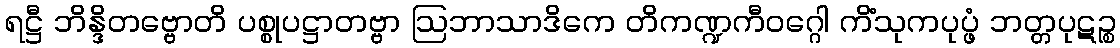
ရဋ္ဌီ ဘိန္ဒိတဗ္ဗောတိ ပစ္စုပဋ္ဌာတဗ္ဗာ ဩဘာသာဒိကေ တိကဏ္ဍကီဝဂ္ဂေါ ကိံသုကပုပ္ဖံ ဘတ္တပုဋဉ္စ